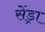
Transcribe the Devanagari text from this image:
सेंड्रा